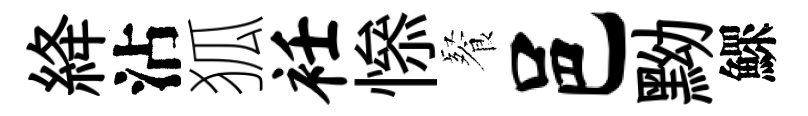
絳沾狐衽𢡖餐邑黝鰥